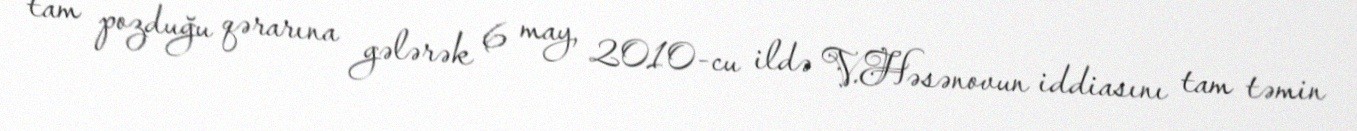
tam pozduğu qərarına gələrək 6 may, 2010-cu ildə V.Həsənovun iddiasını tam təmin